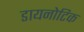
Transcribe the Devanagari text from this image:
डायनोटिक